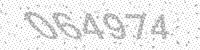
Solution: 064974